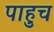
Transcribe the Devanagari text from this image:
पाहुच